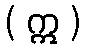
( ဣ )